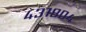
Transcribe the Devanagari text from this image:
४३१८०४